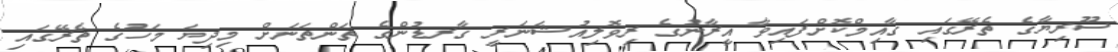
ސޫރިޔާގެ ތެރޭގައި ގާއިމްކޮށްފައިވާ އީރާނުގެ ރިވޮލިއުޝަނަރީ ގާރޑުންގެ ތަންތަނަށް މިދިޔަ މަހުގެ ތެރޭގައި